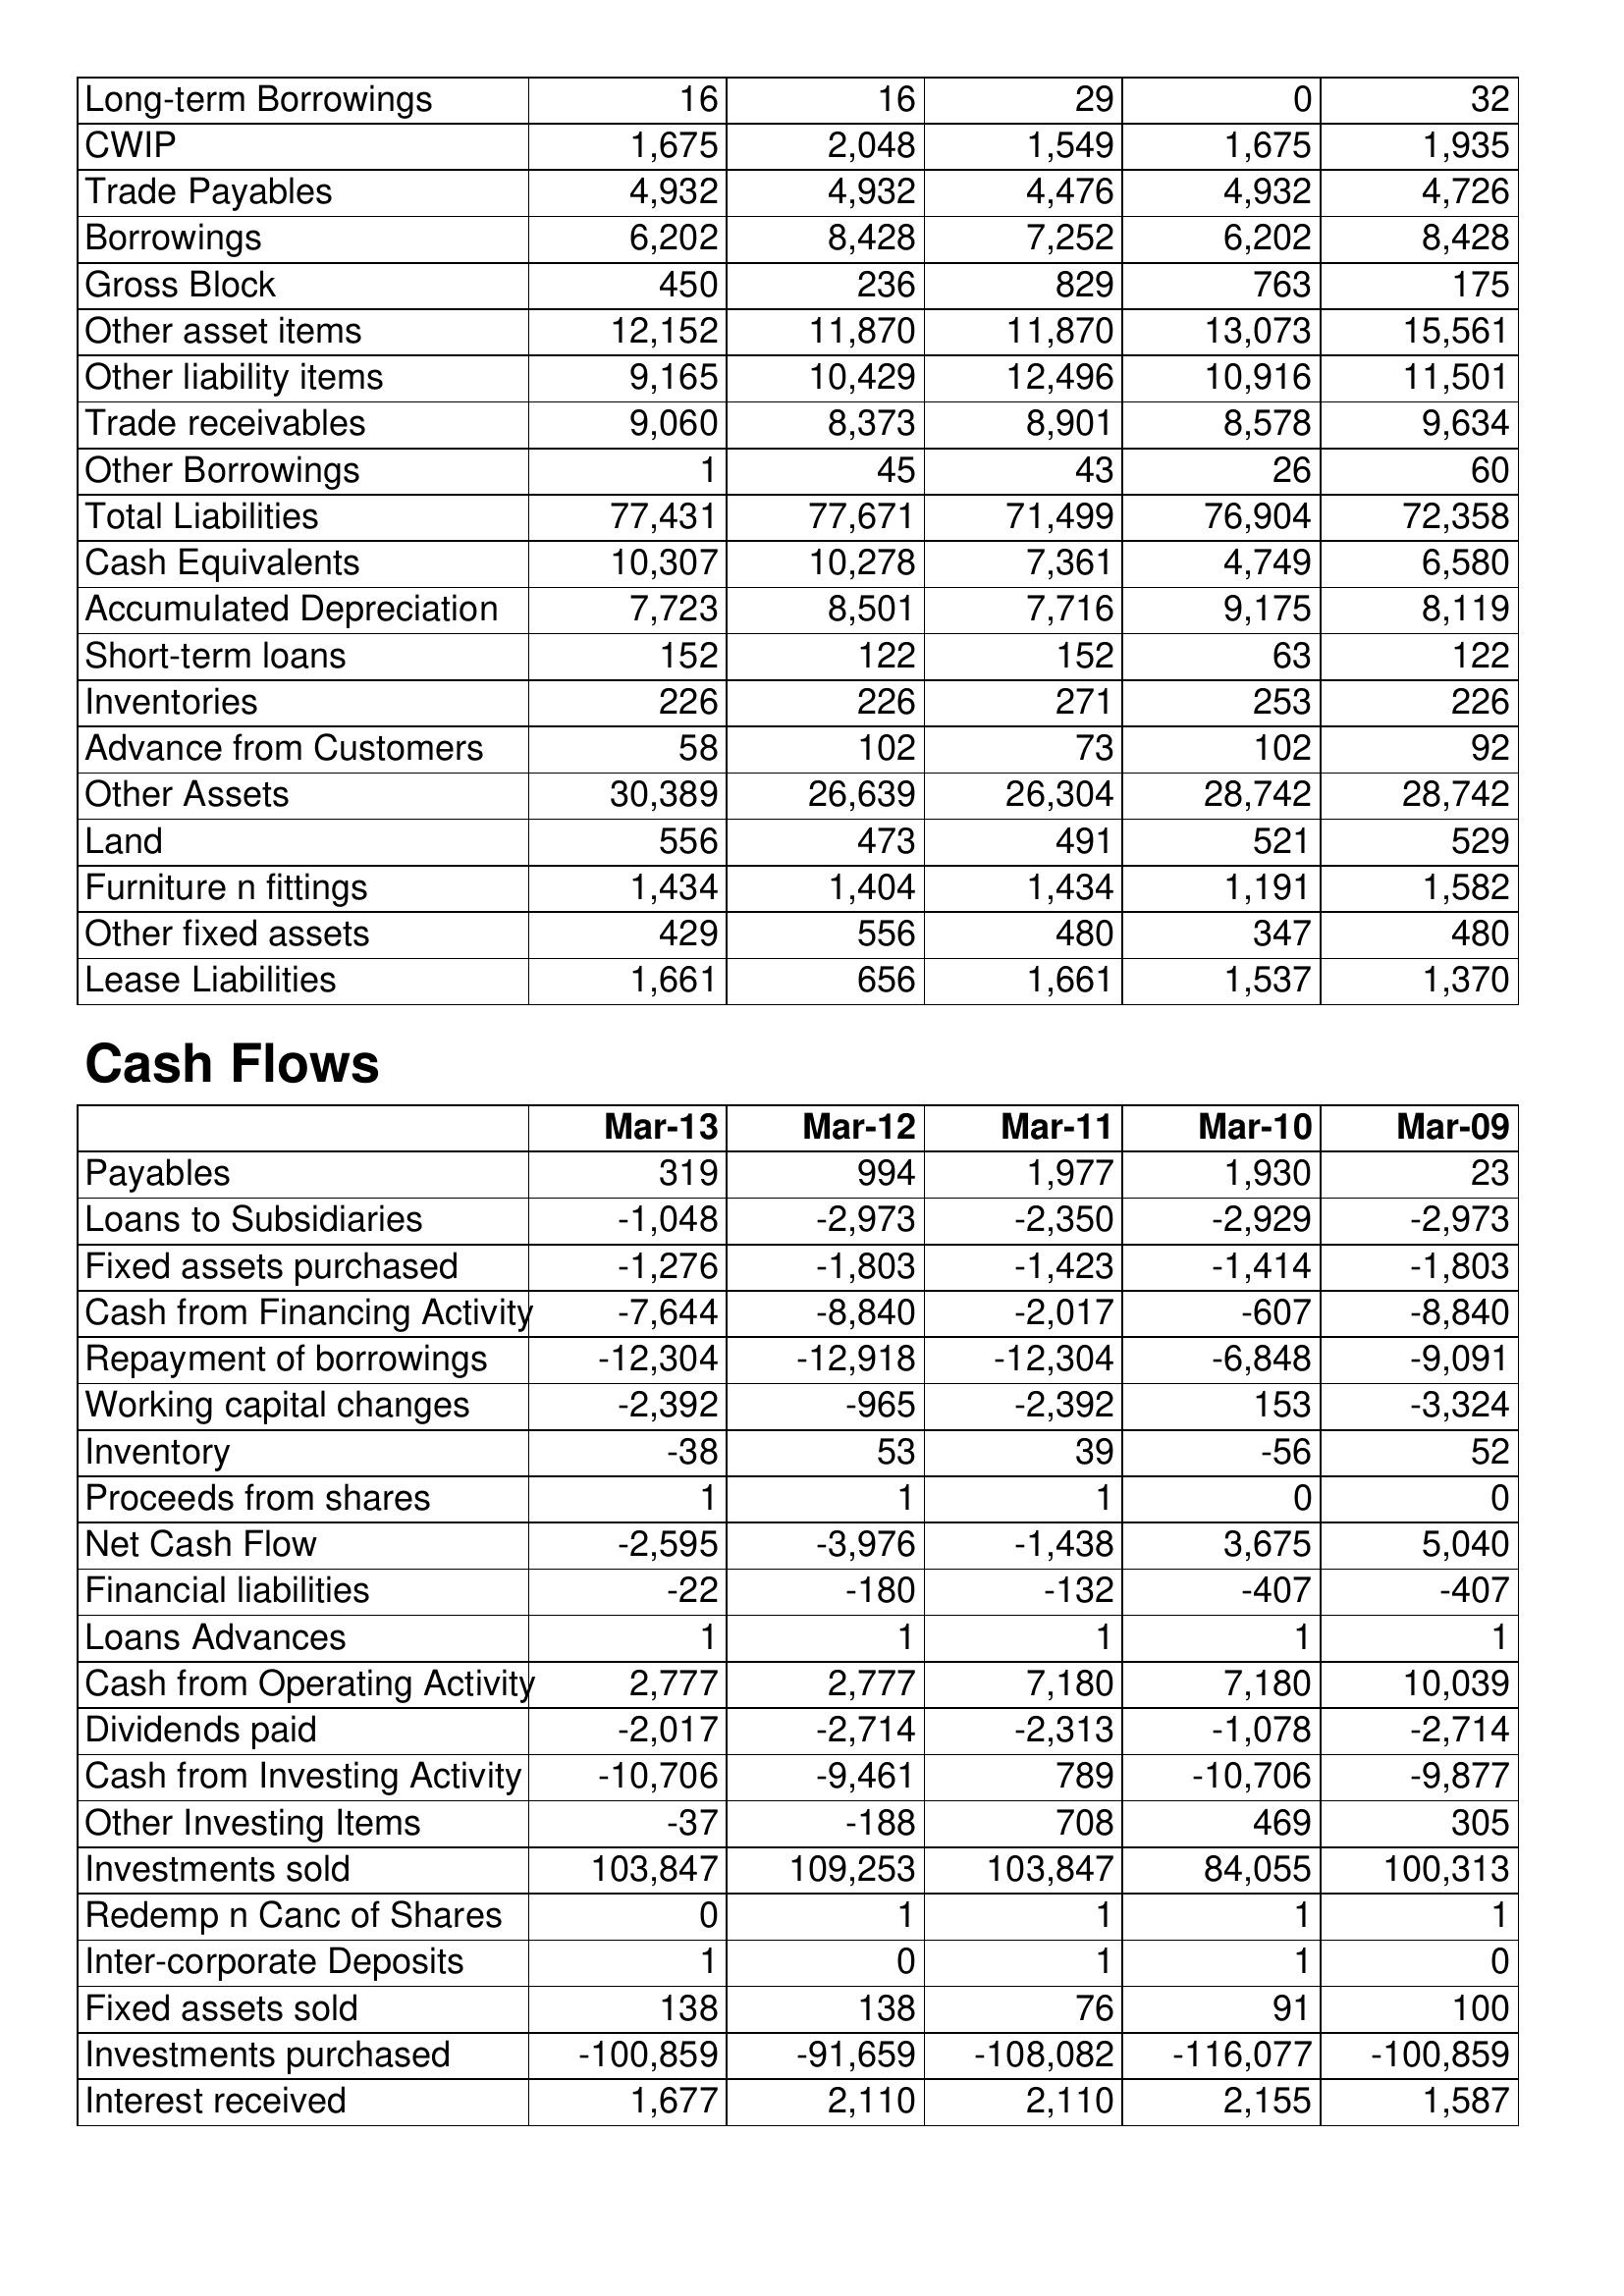
Mar-13: Balance Sheet: Long-term Borrowings: 16
CWIP: 1,675
Trade Payables: 4,932
Borrowings: 6,202
Gross Block: 450
Other asset items: 12,152
Other liability items: 9,165
Trade receivables: 9,060
Other Borrowings: 1
Total Liabilities: 77,431
Cash Equivalents: 10,307
Accumulated Depreciation: 7,723
Short-term loans: 152
Inventories: 226
Advance from Customers: 58
Other Assets: 30,389
Land: 556
Furniture n fittings: 1,434
Other fixed assets: 429
Lease Liabilities: 1,661
Cash Flows: Payables: 319
Loans to Subsidiaries: -1,048
Fixed assets purchased: -1,276
Cash from Financing Activity: -7,644
Repayment of borrowings: -12,304
Working capital changes: -2,392
Inventory: -38
Proceeds from shares: 1
Net Cash Flow: -2,595
Financial liabilities: -22
Loans Advances: 1
Cash from Operating Activity: 2,777
Dividends paid: -2,017
Cash from Investing Activity: -10,706
Other Investing Items: -37
Investments sold: 103,847
Redemp n Canc of Shares: 0
Inter-corporate Deposits: 1
Fixed assets sold: 138
Investments purchased: -100,859
Interest received: 1,677
Mar-12: Balance Sheet: Long-term Borrowings: 16
CWIP: 2,048
Trade Payables: 4,932
Borrowings: 8,428
Gross Block: 236
Other asset items: 11,870
Other liability items: 10,429
Trade receivables: 8,373
Other Borrowings: 45
Total Liabilities: 77,671
Cash Equivalents: 10,278
Accumulated Depreciation: 8,501
Short-term loans: 122
Inventories: 226
Advance from Customers: 102
Other Assets: 26,639
Land: 473
Furniture n fittings: 1,404
Other fixed assets: 556
Lease Liabilities: 656
Cash Flows: Payables: 994
Loans to Subsidiaries: -2,973
Fixed assets purchased: -1,803
Cash from Financing Activity: -8,840
Repayment of borrowings: -12,918
Working capital changes: -965
Inventory: 53
Proceeds from shares: 1
Net Cash Flow: -3,976
Financial liabilities: -180
Loans Advances: 1
Cash from Operating Activity: 2,777
Dividends paid: -2,714
Cash from Investing Activity: -9,461
Other Investing Items: -188
Investments sold: 109,253
Redemp n Canc of Shares: 1
Inter-corporate Deposits: 0
Fixed assets sold: 138
Investments purchased: -91,659
Interest received: 2,110
Mar-11: Balance Sheet: Long-term Borrowings: 29
CWIP: 1,549
Trade Payables: 4,476
Borrowings: 7,252
Gross Block: 829
Other asset items: 11,870
Other liability items: 12,496
Trade receivables: 8,901
Other Borrowings: 43
Total Liabilities: 71,499
Cash Equivalents: 7,361
Accumulated Depreciation: 7,716
Short-term loans: 152
Inventories: 271
Advance from Customers: 73
Other Assets: 26,304
Land: 491
Furniture n fittings: 1,434
Other fixed assets: 480
Lease Liabilities: 1,661
Cash Flows: Payables: 1,977
Loans to Subsidiaries: -2,350
Fixed assets purchased: -1,423
Cash from Financing Activity: -2,017
Repayment of borrowings: -12,304
Working capital changes: -2,392
Inventory: 39
Proceeds from shares: 1
Net Cash Flow: -1,438
Financial liabilities: -132
Loans Advances: 1
Cash from Operating Activity: 7,180
Dividends paid: -2,313
Cash from Investing Activity: 789
Other Investing Items: 708
Investments sold: 103,847
Redemp n Canc of Shares: 1
Inter-corporate Deposits: 1
Fixed assets sold: 76
Investments purchased: -108,082
Interest received: 2,110
Mar-10: Balance Sheet: Long-term Borrowings: 0
CWIP: 1,675
Trade Payables: 4,932
Borrowings: 6,202
Gross Block: 763
Other asset items: 13,073
Other liability items: 10,916
Trade receivables: 8,578
Other Borrowings: 26
Total Liabilities: 76,904
Cash Equivalents: 4,749
Accumulated Depreciation: 9,175
Short-term loans: 63
Inventories: 253
Advance from Customers: 102
Other Assets: 28,742
Land: 521
Furniture n fittings: 1,191
Other fixed assets: 347
Lease Liabilities: 1,537
Cash Flows: Payables: 1,930
Loans to Subsidiaries: -2,929
Fixed assets purchased: -1,414
Cash from Financing Activity: -607
Repayment of borrowings: -6,848
Working capital changes: 153
Inventory: -56
Proceeds from shares: 0
Net Cash Flow: 3,675
Financial liabilities: -407
Loans Advances: 1
Cash from Operating Activity: 7,180
Dividends paid: -1,078
Cash from Investing Activity: -10,706
Other Investing Items: 469
Investments sold: 84,055
Redemp n Canc of Shares: 1
Inter-corporate Deposits: 1
Fixed assets sold: 91
Investments purchased: -116,077
Interest received: 2,155
Mar-09: Balance Sheet: Long-term Borrowings: 32
CWIP: 1,935
Trade Payables: 4,726
Borrowings: 8,428
Gross Block: 175
Other asset items: 15,561
Other liability items: 11,501
Trade receivables: 9,634
Other Borrowings: 60
Total Liabilities: 72,358
Cash Equivalents: 6,580
Accumulated Depreciation: 8,119
Short-term loans: 122
Inventories: 226
Advance from Customers: 92
Other Assets: 28,742
Land: 529
Furniture n fittings: 1,582
Other fixed assets: 480
Lease Liabilities: 1,370
Cash Flows: Payables: 23
Loans to Subsidiaries: -2,973
Fixed assets purchased: -1,803
Cash from Financing Activity: -8,840
Repayment of borrowings: -9,091
Working capital changes: -3,324
Inventory: 52
Proceeds from shares: 0
Net Cash Flow: 5,040
Financial liabilities: -407
Loans Advances: 1
Cash from Operating Activity: 10,039
Dividends paid: -2,714
Cash from Investing Activity: -9,877
Other Investing Items: 305
Investments sold: 100,313
Redemp n Canc of Shares: 1
Inter-corporate Deposits: 0
Fixed assets sold: 100
Investments purchased: -100,859
Interest received: 1,587